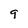
Character: 9